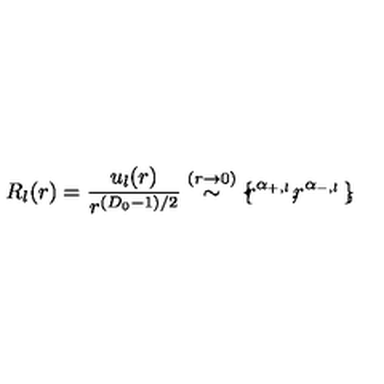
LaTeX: R _ { l } ( r ) = \frac { u _ { l } ( r ) } { r ^ { ( D _ { 0 } - 1 ) / 2 } } \stackrel { ( r \rightarrow 0 ) } { \sim } \mathrm { \boldmath \large \left\{ \right. } \! \! \! r ^ { \alpha _ { + , l } } \mathrm { \boldmath \large , } \! r ^ { \alpha _ { - , l } } \mathrm { \boldmath \large \left. \right\} } \! \! ,